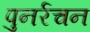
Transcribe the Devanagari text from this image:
पुनर्रचन